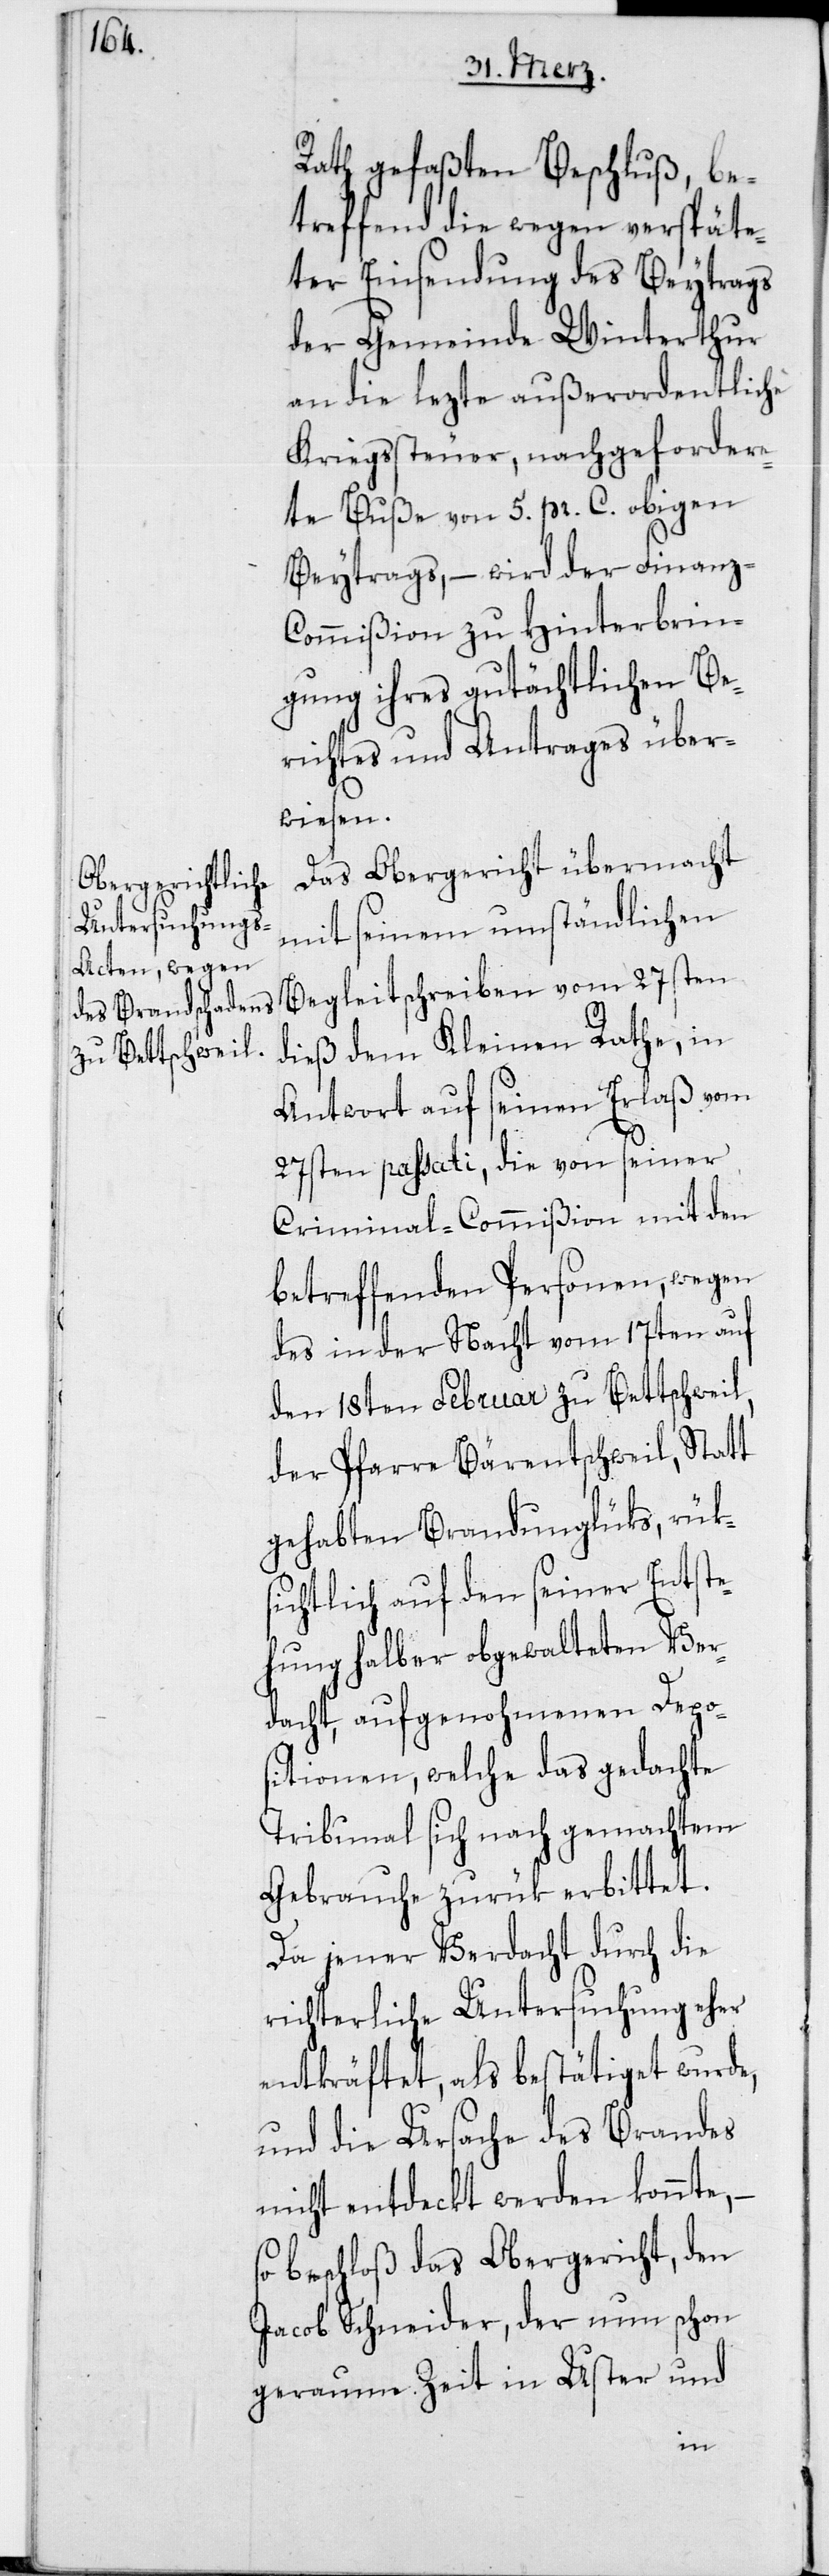
Rath gefaßten Beschluß, be¬
treffend die wegen verspäte¬
ter Einsendung des Beytrags
der Gemeinde Winterthur
an die lezte außerordentliche
Kriegssteuer, nachgefordere¬
te Buße von 5. pr. C. obigen
Beytrags, – wird der Finanz-C¬
ommißion zu Hinterbrin¬
gung ihres gutächtlichen Be¬
richtes und Antrages über¬
wiesen.
Das Obergericht übermacht
mit seinem umständlichen
Begleitschreiben vom 27sten
dieß dem Kleinen Rathe, in
Antwort auf seinen Erlaß vom
27sten passati, die von seiner
Criminal-Commißion mit den
betreffenden Personen, wegen
des in der Nacht vom 17ten auf
den 18ten Februar zu Bettschweil,
der Pfarre Bärentschweil, Statt
gehabten Brandunglüks, rük¬
sichtlich auf den seiner Entste¬
hung halber obgewalteten Ver¬
dacht, aufgenohmenen Depos¬
itionen, welche das gedachte
Tribunal sich nach gemachtem
Gebrauche zurük erbittet.
Da jener Verdacht durch die
richterliche Untersuchung eher
entkräftet, als bestätiget wurde,
und die Ursache des Brandes
nicht entdeckt werden konnte,
so beschloß das Obergericht, den
Jacob Schneider, der nun schon
geraume Zeit in Uster und